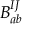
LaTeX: B _ { a b } ^ { I J }